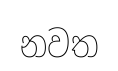
නවත